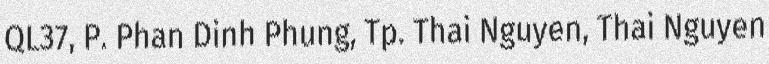
QL37, P. Phan Dinh Phung, Tp. Thai Nguyen, Thai Nguyen